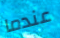
عندما